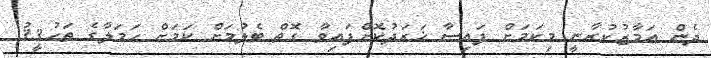
ދެން އަމާޒުކުރާނީ މިކަމަށް ފައިސާ ޚަރަދުކޮށްފައިވާ ގޮތް ބެލުމަށް ކަމަށް ޙަމަލާގެ ތަޙުޤީޤު